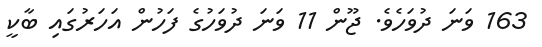
163 ވަނަ ދުވަހެވެ. ޖޫން 11 ވަނަ ދުވަހުގެ ފަހުން އަހަރުގައި ބާކީ